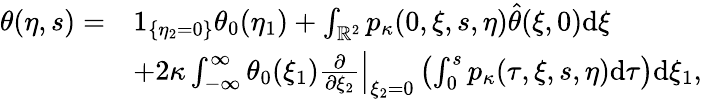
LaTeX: \begin{array}{rl}{\theta(\eta,s)=}&{1_{\{ \eta_{2}=0\} }\theta_{0}(\eta_{1})+\int_{\mathbb{R}^{2}}p_{\kappa}(0,\xi,s,\eta)\hat{\theta}(\xi,0)\mathrm{d}\xi}\\ &{+2\kappa\int_{-\infty}^{\infty}\theta_{0}(\xi_{1})\left.\frac{\partial}{\partial\xi_{2}}\right|_{\xi_{2}=0}\left(\int_{0}^{s}p_{\kappa}(\tau,\xi,s,\eta)\mathrm{d}\tau\right)\mathrm{d}\xi_{1},}\end{array}